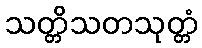
သတ္တိသတသုတ္တံ